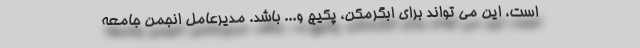
است، این می تواند برای ابگرمکن، پکیج و... باشد. مدیرعامل انجمن جامعه